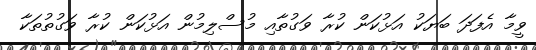
ވީމާ އެފަދަ ބަޔަކު އަޅުކަން ކުރާ ވަގުތާއި މުސްލިމުން އަޅުކަން ކުރާ ވަގުތުތަކާ